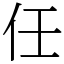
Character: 任